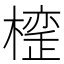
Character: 𣚪